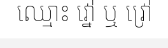
ឈ្មោះ វ្នៅ ឬ វ្រៅ